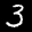
Label: 3